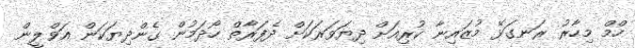
ހްމް މިހާރު ރަނގަޅޭ މުޒައިނާ ކުރިއަށް ދިޔަވަރަކަށް ދެފަރާތް ހޯދަމުން ގެންދިޔަކަން އަވްލީން